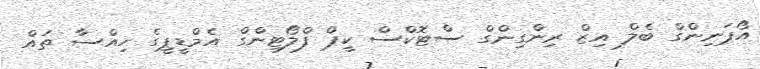
އޯޕަނިންގް ބެލް އިޒް ރިންގިންގް ސްޓޮކްސް ކީޕް ފްލޯޓިންގް އެމްޑީޕީގެ ހިއްސާ ތައް